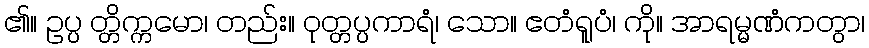
၏။ ဥပ္ပ တ္တိက္ကမော၊ တည်း။ ဝုတ္တပ္ပကာရံ၊ သော။ ဧတံရူပံ၊ ကို။ အာရမ္မဏံကတွာ၊